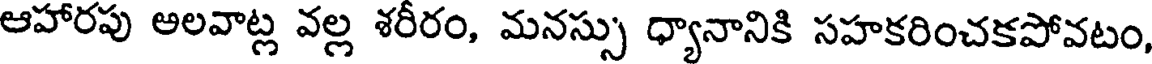
ఆహారపు అలవాట్ల వల్ల శరీరం, మనస్సు ధ్యానానికి సహకరించకపోవటం,